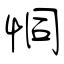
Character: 恫